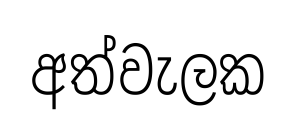
අත්වැලක